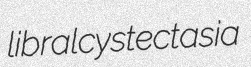
libral cystectasia